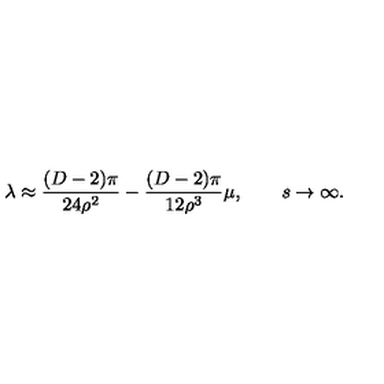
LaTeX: \lambda \approx \frac { ( D - 2 ) \pi } { 2 4 \rho ^ { 2 } } - \frac { ( D - 2 ) \pi } { 1 2 \rho ^ { 3 } } \mu , \qquad s \rightarrow \infty .